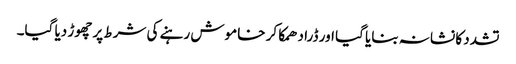
تشدد کا نشانہ بنایا گیا اور ڈرا دھمکا کر خاموش رہنے کی شرط پر چھوڑ دیا گیا۔